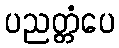
ပညတ္တံပေ